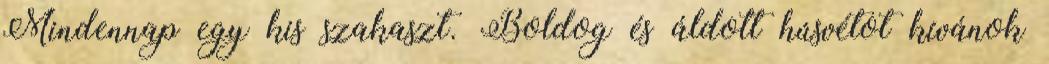
Mindennap egy kis szakaszt. Boldog és áldott húsvétot kívánok